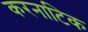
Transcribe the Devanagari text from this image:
करनाटिक